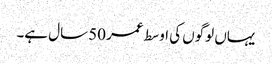
یہاں لوگوں کی اوسط عمر 50 سال ہے۔